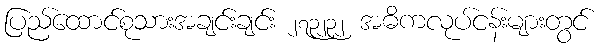
ပြည်ထောင်စုသားအချင်းချင်း ၂၇၃၂၃၂ အဓိကလုပ်ငန်းများတွင်